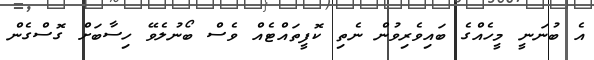
އެ ބުނަނީ މީހެއްގެ ބައިވެރިވުން ނެތި ކޮފީތައްޓެއް ވެސް ބޯނުލެވޭ ހިސާބަށް ގޮސްގެން